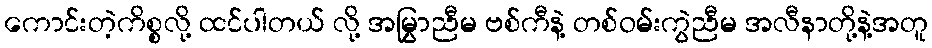
ကောင်းတဲ့ကိစ္စလို့ ထင်ပါတယ် လို့ အမြွှာညီမ ဗစ်ကီနဲ့ တစ်ဝမ်းကွဲညီမ အလီနာတို့နဲ့အတူ